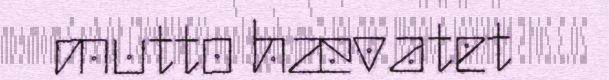
mutto hævatet